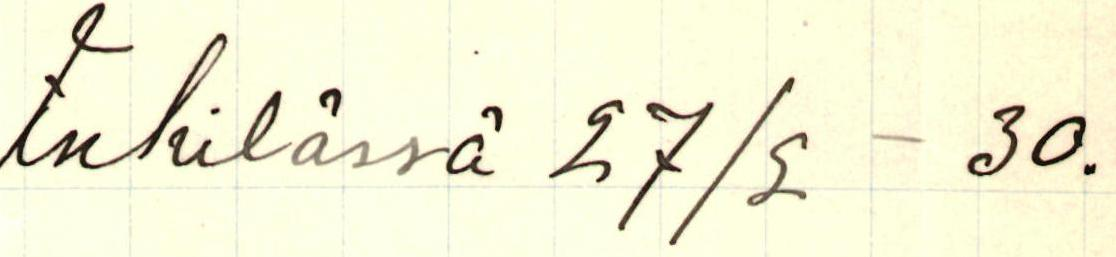
Inkilässä 27/2  -30.